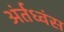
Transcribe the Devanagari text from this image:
अंर्तध्वंस